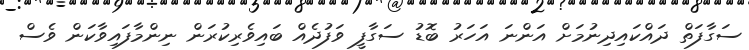
ސަގާފަތް ދައްކައިދިނުމަށް އަންނަ އަހަރު ބޮޑު ސަގާފީ ވަފުދެއް ބައިވެރިކުރަން ނިންމާފައިވާކަން ވެސް